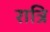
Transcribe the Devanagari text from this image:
रात्रि